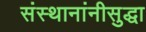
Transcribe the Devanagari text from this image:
संस्थानांनीसुद्धा